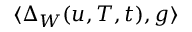
\langle \Delta _ { W } ( u , T , t ) , g \rangle